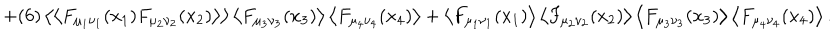
+ ( 6 ) \left< \left< F _ { \mu _ { 1 } \nu _ { 1 } } ( x _ { 1 } ) F _ { \mu _ { 2 } \nu _ { 2 } } ( x _ { 2 } ) \right> \right> \left< F _ { \mu _ { 3 } \nu _ { 3 } } ( x _ { 3 } ) \right> \left< F _ { \mu _ { 4 } \nu _ { 4 } } ( x _ { 4 } ) \right> + \left< F _ { \mu _ { 1 } \nu _ { 1 } } ( x _ { 1 } ) \right> \left< F _ { \mu _ { 2 } \nu _ { 2 } } ( x _ { 2 } ) \right> \left< F _ { \mu _ { 3 } \nu _ { 3 } } ( x _ { 3 } ) \right> \left< F _ { \mu _ { 4 } \nu _ { 4 } } ( x _ { 4 } ) \right> .